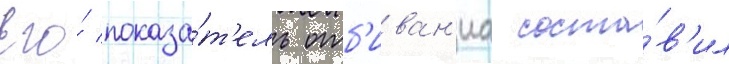
Его́ показа́т'ель отб'иван'иа соста́в'ил